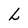
Character: L